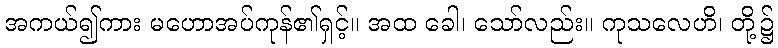
အကယ်၍ကား မဟောအပ်ကုန်၏ရှင့်။ အထ ခေါ၊ သော်လည်း။ ကုသလေဟိ၊ တို့၌